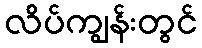
လိပ်ကျွန်းတွင်